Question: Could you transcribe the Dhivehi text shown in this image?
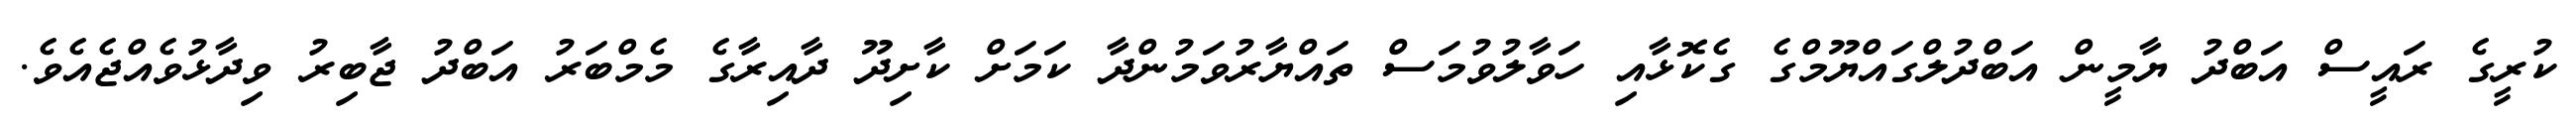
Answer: ކުރީގެ ރައީސް އަބްދު ޔާމީން އަބްދުލްގައްޔޫމްގެ ގެކޮޅާއި ހަވާލުވުމަސް ތައްޔާރުވަމުންދާ ކަމަށް ކާށިދޫ ދާއިރާގެ މެމްބަރު އަބްދު ޖާބިރު ވިދާޅުވެއްޖެއެވެ.